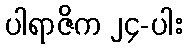
ပါရာဇိက ၂၄-ပါး